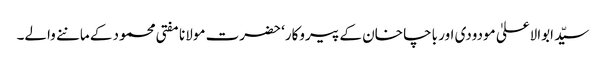
سیّد ابوالاعلیٰ مودودی اور باچا خان کے پیروکار‘ حضرت مولانا مفتی محمود کے ماننے والے۔